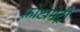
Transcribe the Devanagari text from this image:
फ़ोटोमेट्री